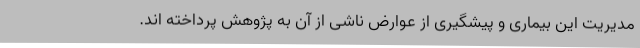
مدیریت این بیماری و پیشگیری از عوارض ناشی از آن به پژوهش پرداخته اند.